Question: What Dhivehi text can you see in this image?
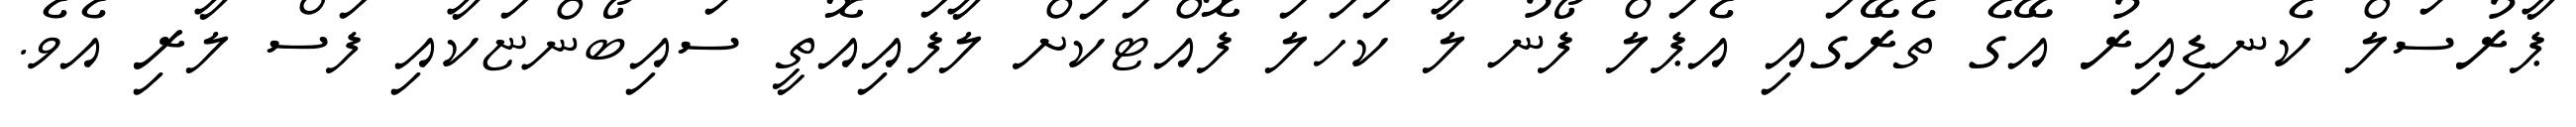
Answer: ޕާރުސަލް ކެނޑިއިރު އޭގެ ތެރޭގައި އެޕަލް ފޯނު ލާ ކަހަލަ ފޮއްޓަކަށް ލާފައިއޮތީ ސައިބޯންޏަކާއި ފަސް ލާރި އެވެ.